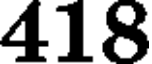
418